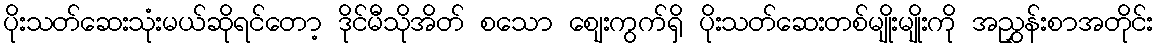
ပိုးသတ်ဆေးသုံးမယ်ဆိုရင်တော့ ဒိုင်မီသိုအိတ် စသော စျေးကွက်ရှိ ပိုးသတ်ဆေးတစ်မျိုးမျိုးကို အညွှန်းစာအတိုင်း